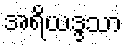
အရိယဒ္ဒသာ